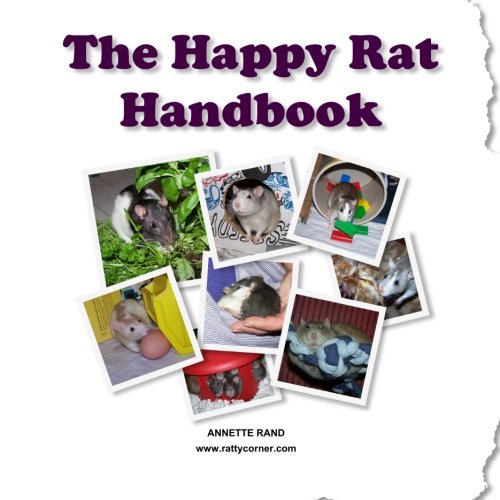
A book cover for The Happy Rat Handbook; Annette Rand; Crafts, Hobbies & Home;